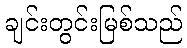
ချင်းတွင်းမြစ်သည်